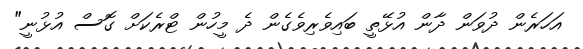
އަހަރެން ދުވަން ދާން އުޅޭތީ ބައިވެރިވެގެން ދެ މީހުން ޓްރެކަށް ގޮސް އުޅުނީ"